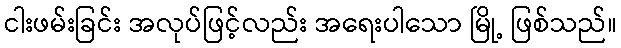
ငါးဖမ်းခြင်း အလုပ်ဖြင့်လည်း အရေးပါသော မြို့ ဖြစ်သည်။